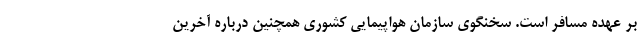
بر عهده مسافر است. سخنگوی سازمان هواپیمایی کشوری همچنین درباره آخرین